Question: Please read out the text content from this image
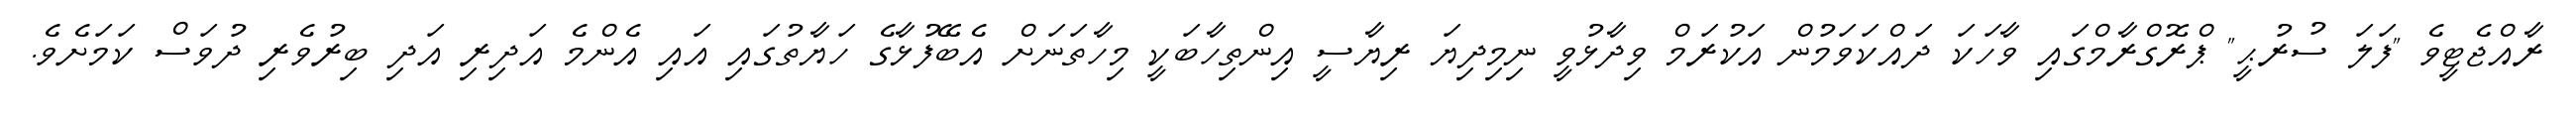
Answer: ރާއްޖެޓީވެ "ފަލަ ސުރުޙީ" ޕްރޮގްރާމްގައި ވާހަކަ ދައްކަވަމުން އަކުރަމް ވިދާޅުވީ ނިމިދިޔަ ރިޔާސީ އިންތިހާބަކީ މިހާތަނަށް އެބޭފުޅާގެ ހަޔާތުގައި އައި އެންމެ އަދިރި އަދި ބިރުވެރި ދުވަސް ކަމަށެވެ.